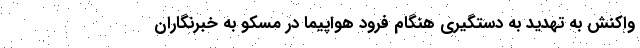
واکنش به تهدید به دستگیری هنگام فرود هواپیما در مسکو به خبرنگاران